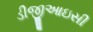
ડીજીઆઇસી